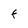
Character: F